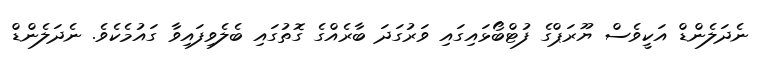
ނެދަލެންޑް އަކީވެސް ޔޫރަޕްގެ ފުޓްބޯޅައިގައި ވަރުގަދަ ބާރެއްގެ ގޮތުގައި ބެލެވިފައިވާ ގައުމެކެވެ. ނެދަލެންޑް